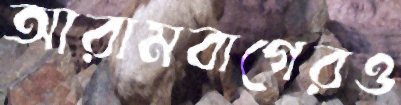
আরামবাগেরও